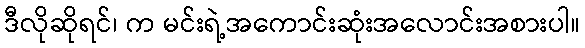
ဒီလိုဆိုရင်၊ က မင်းရဲ့အကောင်းဆုံးအလောင်းအစားပါ။